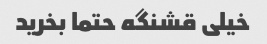
خیلی قشنگه حتما بخرید